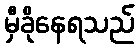
မှီခိုနေရသည်